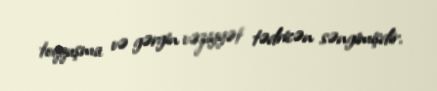
toqquşma və gərgin vəziyyət tədricən səngimişdir.